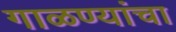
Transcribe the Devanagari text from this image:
गाळण्यांचा